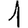
Digit: 1